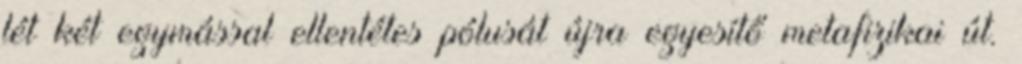
lét két egymással ellentétes pólusát újra egyesítő metafizikai út.